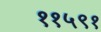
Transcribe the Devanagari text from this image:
११५९१